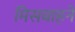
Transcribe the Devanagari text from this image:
मिसबाहने